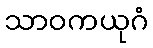
သာဝကယုဂံ